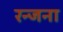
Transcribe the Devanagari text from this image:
रन्जना